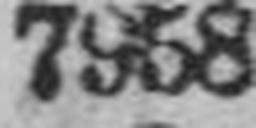
7958